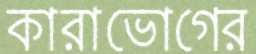
কারাভোগের